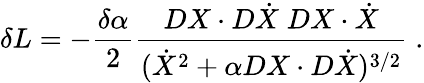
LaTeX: \delta L=-{\frac{\delta\alpha}{2}}{\frac{DX\cdot D\dot{X}\; DX\cdot\dot{X}}{(\dot{X}^{2}+\alpha DX\cdot D\dot{X})^{3/2}}}\; .